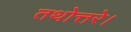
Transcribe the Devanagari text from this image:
तथोत्तरे।